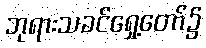
ဘုရားသခင်ရှေ့တော်၌